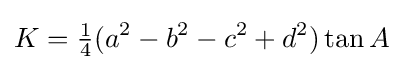
K={\tfrac {1}{4}}(a^{2}-b^{2}-c^{2}+d^{2})\tan {A}